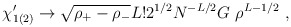
\begin{align*}\chi'_{1(2)} \rightarrow \sqrt {\rho_+ - \rho_-}L! 2^{1/2}N^{-L/2} G ~\rho^{L-1/2}~,\end{align*}